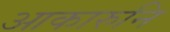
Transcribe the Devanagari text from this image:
आकारुनि